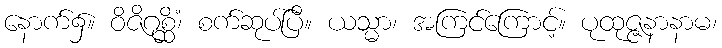
နောက်၌။ ဝိဇိဂုစ္ဆိံ၊ စက်ဆုပ်ပြီ။ ယသ္မာ၊ အကြင်ကြောင့်။ ပုထုဇ္ဇနာနာမ၊